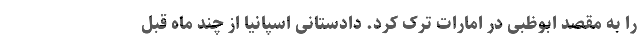
را به مقصد ابوظبی در امارات ترک کرد. دادستانی اسپانیا از چند ماه قبل